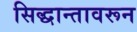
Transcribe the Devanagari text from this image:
सिद्धान्तावरून